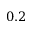
0 . 2